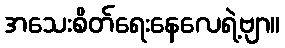
အသေးစိတ်ရေးနေလေရဲ့ဗျာ။